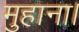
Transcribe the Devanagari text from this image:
मुहाना।